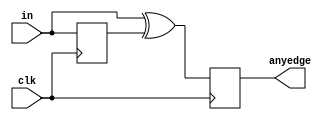
`timescale 1ns / 1ps
//////////////////////////////////////////////////////////////////////////////////
// Company: 
// Engineer: 
// 
// Design Name: 
// Module Name: detect_both_edge
// Project Name: 
// Target Devices: 
// Tool Versions: 
// Description: 
// 
// Dependencies: 
// 
// Revision:
// Revision 0.01 - File Created
// Additional Comments:
// 
//////////////////////////////////////////////////////////////////////////////////


module detect_both_edge(
    input  wire         clk,
    input  wire [7:0]   in,
    output reg  [7:0]   anyedge
    );
    reg [7:0]   in_dff1;

    always @(posedge clk) begin
        in_dff1<=in;
    end

    always @(posedge clk) begin
        anyedge<=in^in_dff1;
    end

endmodule